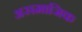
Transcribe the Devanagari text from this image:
असमाजिक